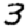
Digit: 3